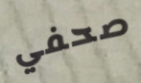
صحفي